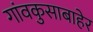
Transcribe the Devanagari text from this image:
गांवकुसाबाहेर